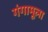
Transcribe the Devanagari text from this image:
गंगामूला